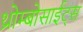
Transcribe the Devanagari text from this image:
थ्रोम्बोसाईट्स